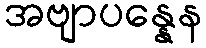
အဗျာပန္နေန